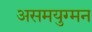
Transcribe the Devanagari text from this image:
असमयुग्मन